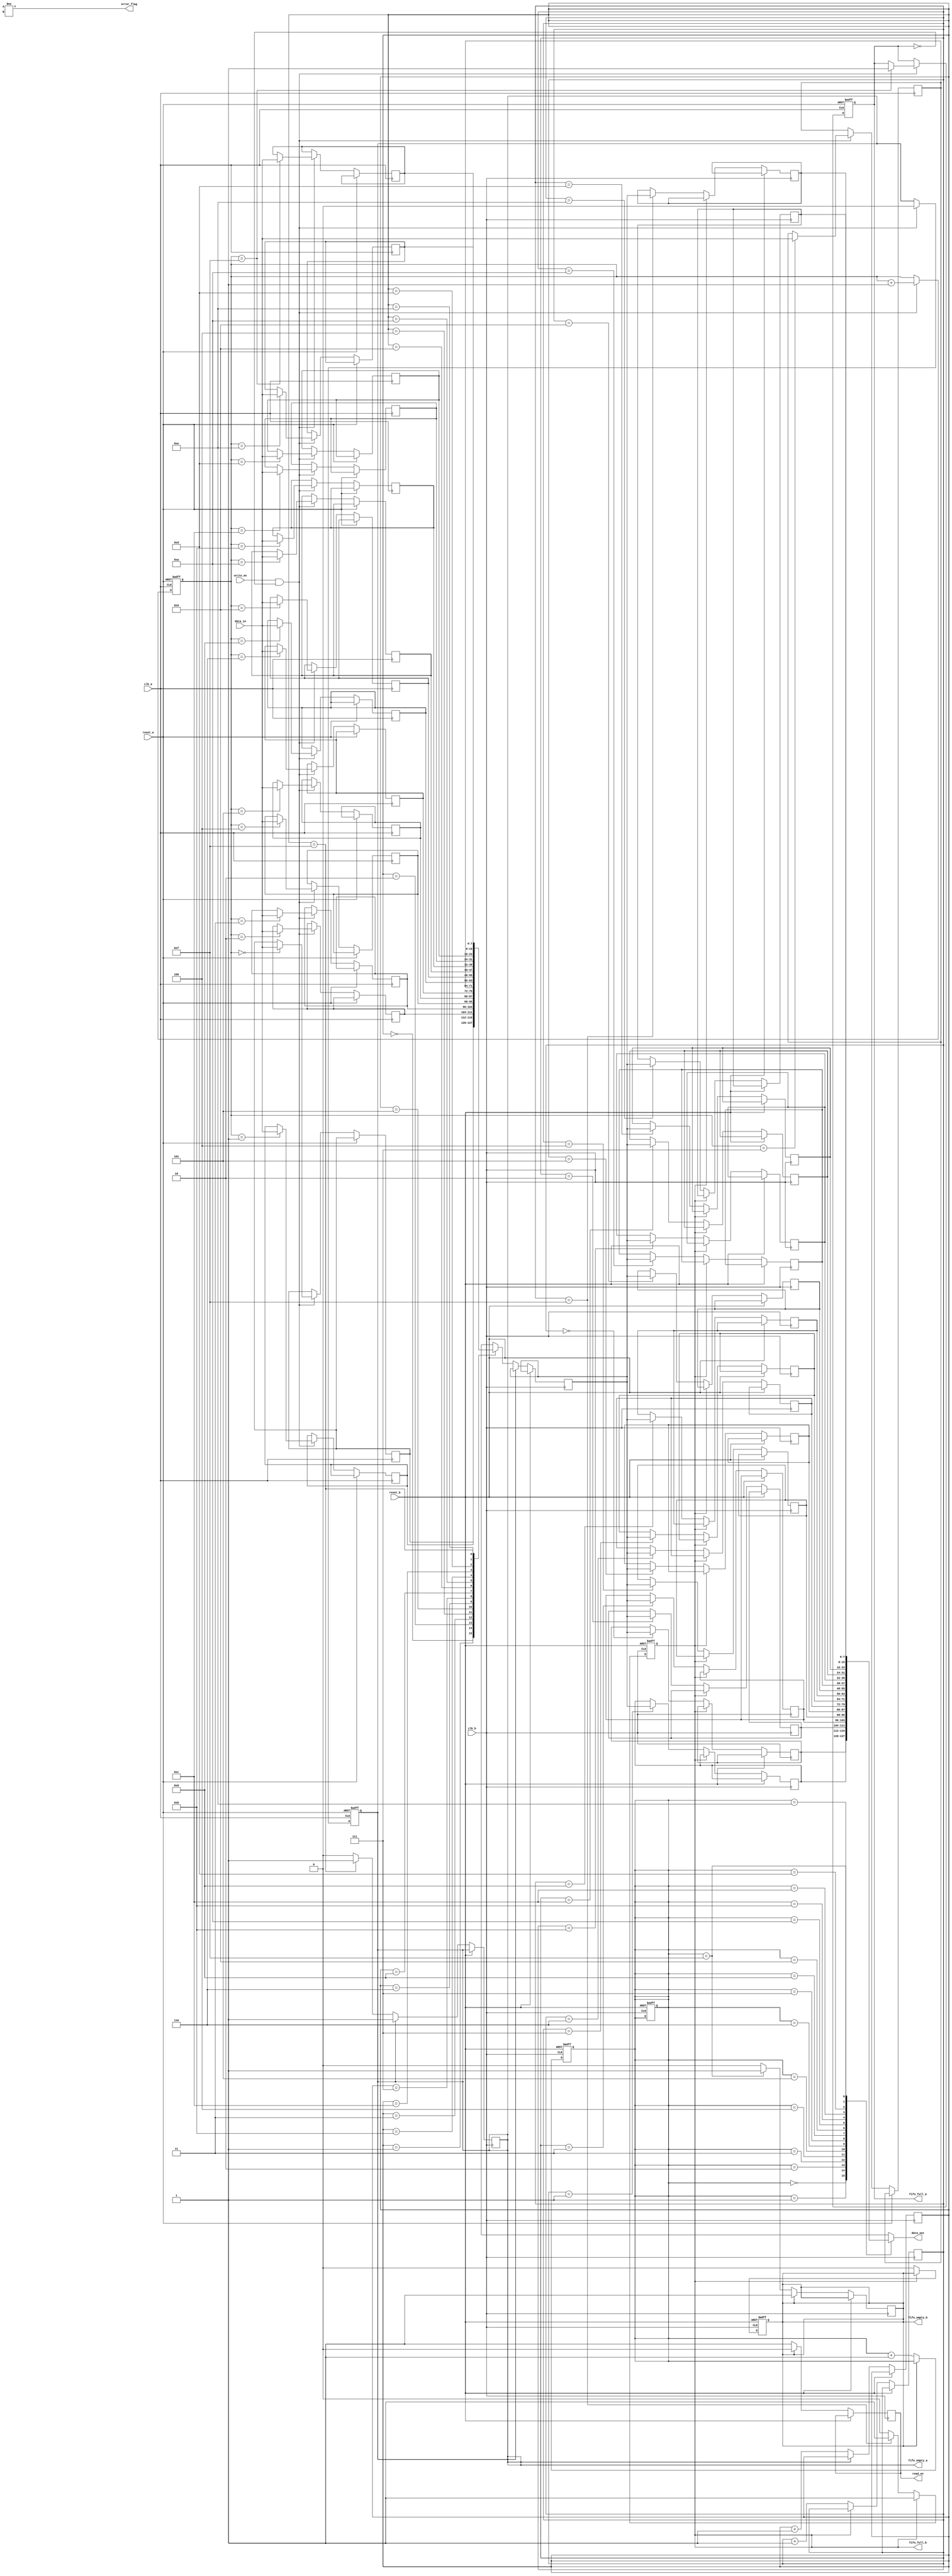
module cdc_memory_blocks (
    input wire clk_a,          // Source Clock Domain
    input wire clk_b,          // Destination Clock Domain
    input wire reset_a,        // Asynchronous reset for Clock_A
    input wire reset_b,        // Asynchronous reset for Clock_B
    input wire [7:0] data_in,  // Data input from Clock_A domain
    input wire write_en,       // Write enable signal in Clock_A domain
    output wire [7:0] data_out, // Data output to Clock_B domain
    output wire read_en,       // Read enable signal in Clock_B domain
    output wire error_flag,     // Error detection flag
    output wire fifo_full_a,   // FIFO full status in Clock_A
    output wire fifo_empty_a,  // FIFO empty status in Clock_A
    output wire fifo_full_b,   // FIFO full status in Clock_B
    output wire fifo_empty_b    // FIFO empty status in Clock_B
);

    // FIFO parameters
    parameter FIFO_DEPTH = 16;
    parameter DATA_WIDTH = 8;

    // FIFO for Clock_A domain
    reg [DATA_WIDTH-1:0] fifo_a [0:FIFO_DEPTH-1];
    reg [3:0] write_ptr_a, read_ptr_a;
    reg fifo_full_a_reg, fifo_empty_a_reg;

    // FIFO for Clock_B domain
    reg [DATA_WIDTH-1:0] fifo_b [0:FIFO_DEPTH-1];
    reg [3:0] write_ptr_b, read_ptr_b;
    reg fifo_full_b_reg, fifo_empty_b_reg;

    // Parity bits
    reg parity_a, parity_b;
    reg parity_a_reg, parity_b_reg;

    // Write logic in Clock_A domain
    always @(posedge clk_a or posedge reset_a) begin
        if (reset_a) begin
            write_ptr_a <= 0;
            fifo_full_a_reg <= 0;
            fifo_empty_a_reg <= 1;
            parity_a <= 0;
        end else begin
            if (write_en && !fifo_full_a_reg) begin
                fifo_a[write_ptr_a] <= data_in;
                parity_a <= ^data_in; // Calculate parity
                write_ptr_a <= write_ptr_a + 1;
                fifo_empty_a_reg <= 0;
                if (write_ptr_a == FIFO_DEPTH - 1)
                    fifo_full_a_reg <= 1;
            end
        end
    end

    assign fifo_full_a = fifo_full_a_reg;
    assign fifo_empty_a = fifo_empty_a_reg;

    // Synchronizer for parity and data transfer to Clock_B
    reg [DATA_WIDTH-1:0] sync_data;
    reg sync_parity;

    always @(posedge clk_b or posedge reset_b) begin
        if (reset_b) begin
            read_ptr_b <= 0;
            fifo_full_b_reg <= 0;
            fifo_empty_b_reg <= 1;
            parity_b <= 0;
        end else begin
            if (!fifo_empty_a_reg) begin
                sync_data <= fifo_a[read_ptr_a];
                sync_parity <= parity_a;
                read_ptr_a <= read_ptr_a + 1;
                if (read_ptr_a == FIFO_DEPTH - 1)
                    fifo_empty_a_reg <= 1;
            end
            // Write to FIFO in Clock_B domain
            if (!fifo_full_b_reg) begin
                fifo_b[write_ptr_b] <= sync_data;
                parity_b <= ^sync_data; // Calculate parity
                write_ptr_b <= write_ptr_b + 1;
                fifo_empty_b_reg <= 0;
                if (write_ptr_b == FIFO_DEPTH - 1)
                    fifo_full_b_reg <= 1;
            end
        end
    end

    assign fifo_full_b = fifo_full_b_reg;
    assign fifo_empty_b = fifo_empty_b_reg;

    // Error detection logic
    assign error_flag = (parity_a_reg != parity_b_reg);

    // Output data from FIFO in Clock_B domain
    assign data_out = fifo_b[read_ptr_b];

    // Read enable logic in Clock_B domain
    always @(posedge clk_b or posedge reset_b) begin
        if (reset_b) begin
            read_ptr_b <= 0;
        end else begin
            if (!fifo_empty_b_reg) begin
                read_en <= 1;
                read_ptr_b <= read_ptr_b + 1;
                if (read_ptr_b == FIFO_DEPTH - 1)
                    fifo_empty_b_reg <= 1;
            end else begin
                read_en <= 0;
            end
        end
    end

endmodule